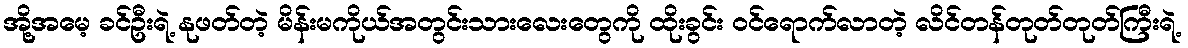
အို့အမေ့ ခင်ဦးရဲ့ နုဖတ်တဲ့ မိန်းမကိုယ်အတွင်းသားလေးတွေကို ထိုးခွင်း ဝင်ရောက်လာတဲ့ လိင်တန်တုတ်တုတ်ကြီးရဲ့